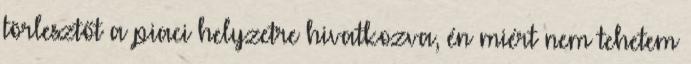
törlesztőt a piaci helyzetre hivatkozva, én miért nem tehetem